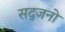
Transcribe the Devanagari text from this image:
सद्जनो